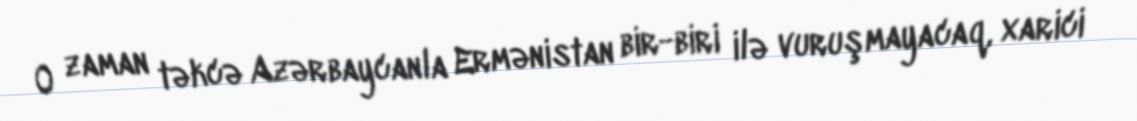
O zaman təkcə Azərbaycanla Ermənistan bir-biri ilə vuruşmayacaq, xarici